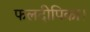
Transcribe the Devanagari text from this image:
फलदीपिका।